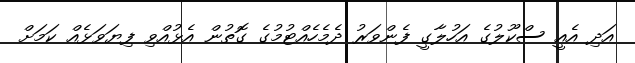
އަދި އެއީ ސްކޫލުގެ އަހުލާގީ ފެންވަރު ދެމެހެއްޓުމުގެ ގޮތުން އެޅުއްވި ފިޔަވަޅެއް ކަމަށް